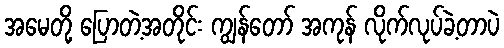
အမေတို့ ပြောတဲ့အတိုင်း ကျွန်တော် အကုန် လိုက်လုပ်ခဲ့တာပဲ